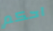
احكم